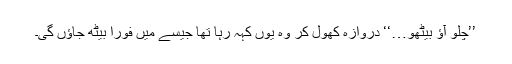
’’چلو آؤ بیٹھو…‘‘ دروازہ کھول کر وہ یوں کہہ رہا تھا جیسے میں فوراً بیٹھ جاؤں گی۔